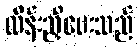
ထိန်းညှိပေးသည်